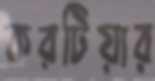
করটিয়ার